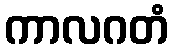
ကာလဂတံ